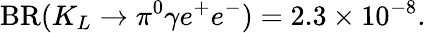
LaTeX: \mathrm{BR}(K_{L}\rightarrow\pi^{0}\gamma e^{+}e^{-})=2.3\times 10^{-8}.